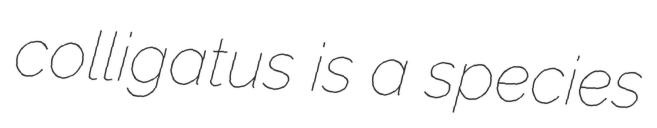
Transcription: colligatus is a species